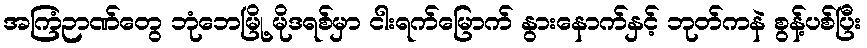
အကြံဉာဏ်တွေ ဘုံဘေမြို့ မိုဒရစ်မှာ ငါးရက်မြောက် နွားနောက်နှင့် ဘုတ်ကနဲ စွန့်ပစ်ပြီး